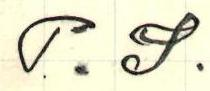
P.S.